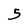
Character: 5